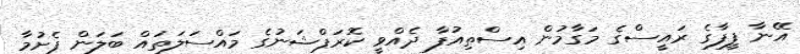
އޭނާ ފީފާގެ ރައީސްގެ މަގާމުން އިސްތިއުފާ ދެއްވީ ކޮރަޕްޝަނުގެ މައްސަލަތައް ބަލަން ފެށުމާ